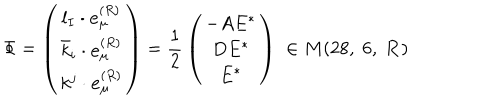
LaTeX: { \Phi } = \left( \begin{array} { c } { { l _ { I } \cdot { \bf e } _ { \mu } ^ { ( R ) } } } \\ { { { \bar { k } } _ { i } \cdot { \bf e } _ { \mu } ^ { ( R ) } } } \\ { { k ^ { j } \cdot { \bf e } _ { \mu } ^ { ( R ) } } } \\ \end{array} \right) = { \frac { 1 } { 2 } } \left( \begin{array} { c } { { - A E ^ { * } } } \\ { { D E ^ { * } } } \\ { { E ^ { * } } } \\ \end{array} \right) \; \in M ( 2 8 , \; 6 , \; { \bf R } )